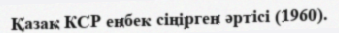
Қазақ КСР еңбек сіңірген әртісі (1960).